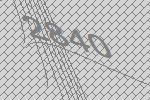
2840